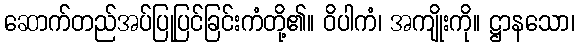
ဆောက်တည်အပ်ပြုပြင်ခြင်းကံတို့၏။ ဝိပါကံ၊ အကျိုးကို။ ဋ္ဌာနသော၊